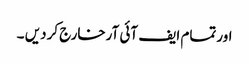
اورتمام ایف آئی آرخارج کردیں ۔